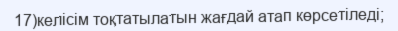
17)келісім тоқтатылатын жағдай атап көрсетіледі;